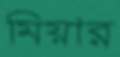
মিয়ার